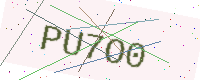
Text: PU7O0